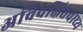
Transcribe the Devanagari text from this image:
अविवक्षितवाच्य